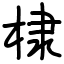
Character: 棣